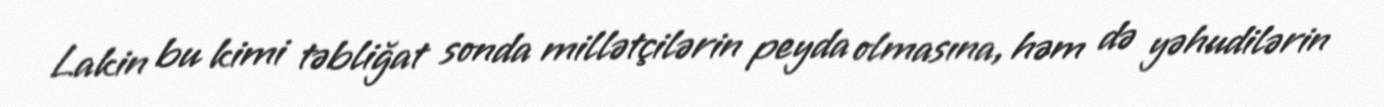
Lakin bu kimi təbliğat sonda millətçilərin peyda olmasına, həm də yəhudilərin